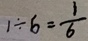
1 \div 6 = \frac { 1 } { 6 }